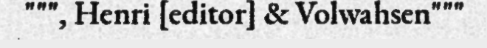
""", Henri [editor] & Volwahsen"""